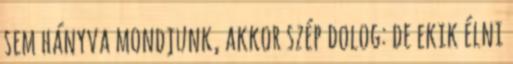
sem hányva mondjunk, akkor szép dolog: de ekik élni